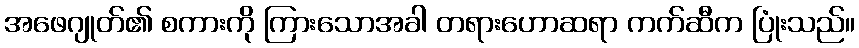
အဖေဂျုတ်၏ စကားကို ကြားသောအခါ တရားဟောဆရာ ကက်ဆီက ပြုံးသည်။